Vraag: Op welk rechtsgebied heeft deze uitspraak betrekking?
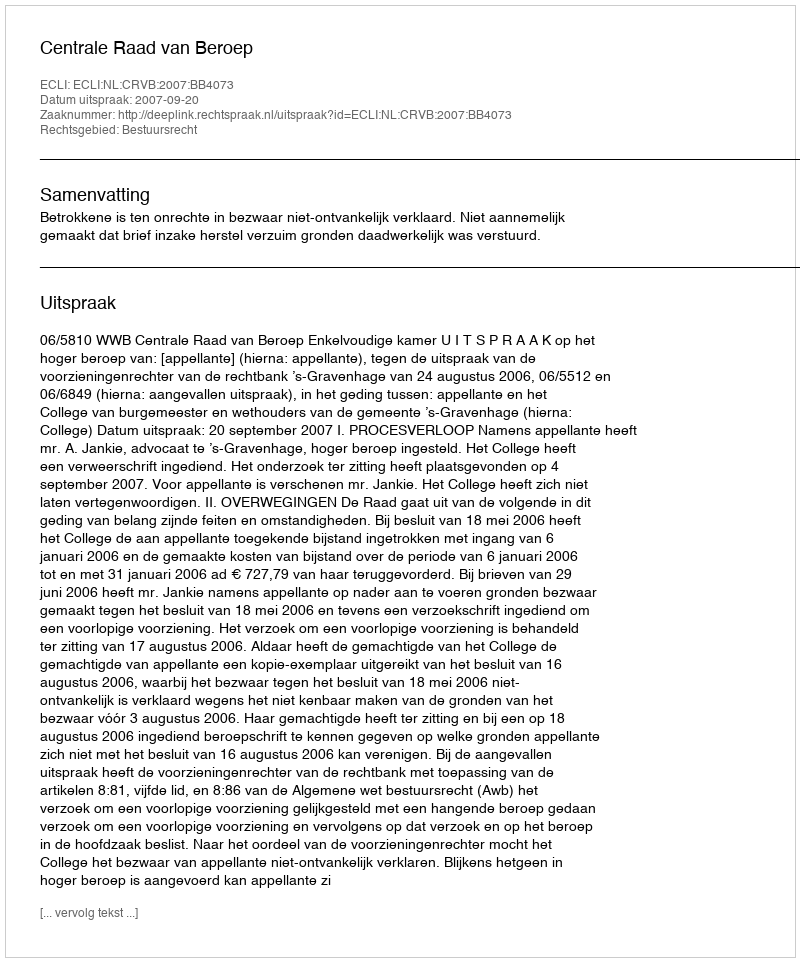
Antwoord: Bestuursrecht